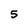
Character: 5